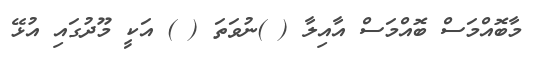
މާބޮއްމަސް ބޮއްމަސް އާއިލާ ( )ނުވަތަ ( ) އަކީ މޫދުގައި އުޅޭ